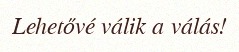
Lehetővé válik a válás!